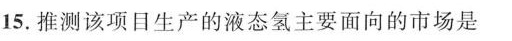
15.推测该项目生产的液态氢主要面向的市场是